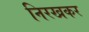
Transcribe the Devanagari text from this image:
निरखकर